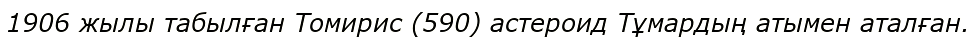
1906 жылы табылған Томирис (590) астероид Тұмардың атымен аталған.